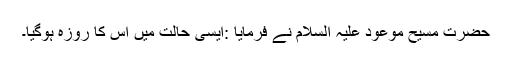
حضرت مسیح موعود علیہ السلام نے فرمایا :ایسی حالت میں اس کا روزہ ہوگیا۔